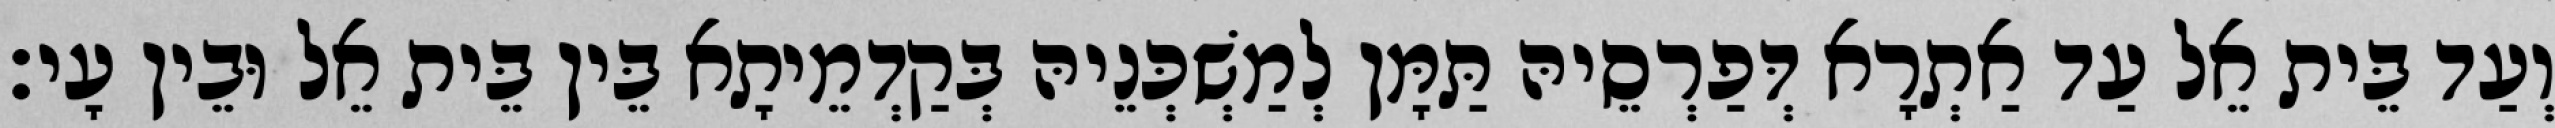
וְעַד בֵּית אֵל עַד אַתְרָא דְּפַרְסֵיהּ תַּמָּן לְמַשְׁכְּנֵיהּ בְּקַדְמֵיתָא בֵּין בֵּית אֵל וּבֵין עָי׃